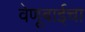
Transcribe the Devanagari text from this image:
वेणूबाईचा